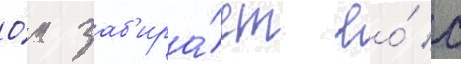
О́н заб'ира́ет ео́ с